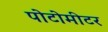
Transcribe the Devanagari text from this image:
पोटोमीटर